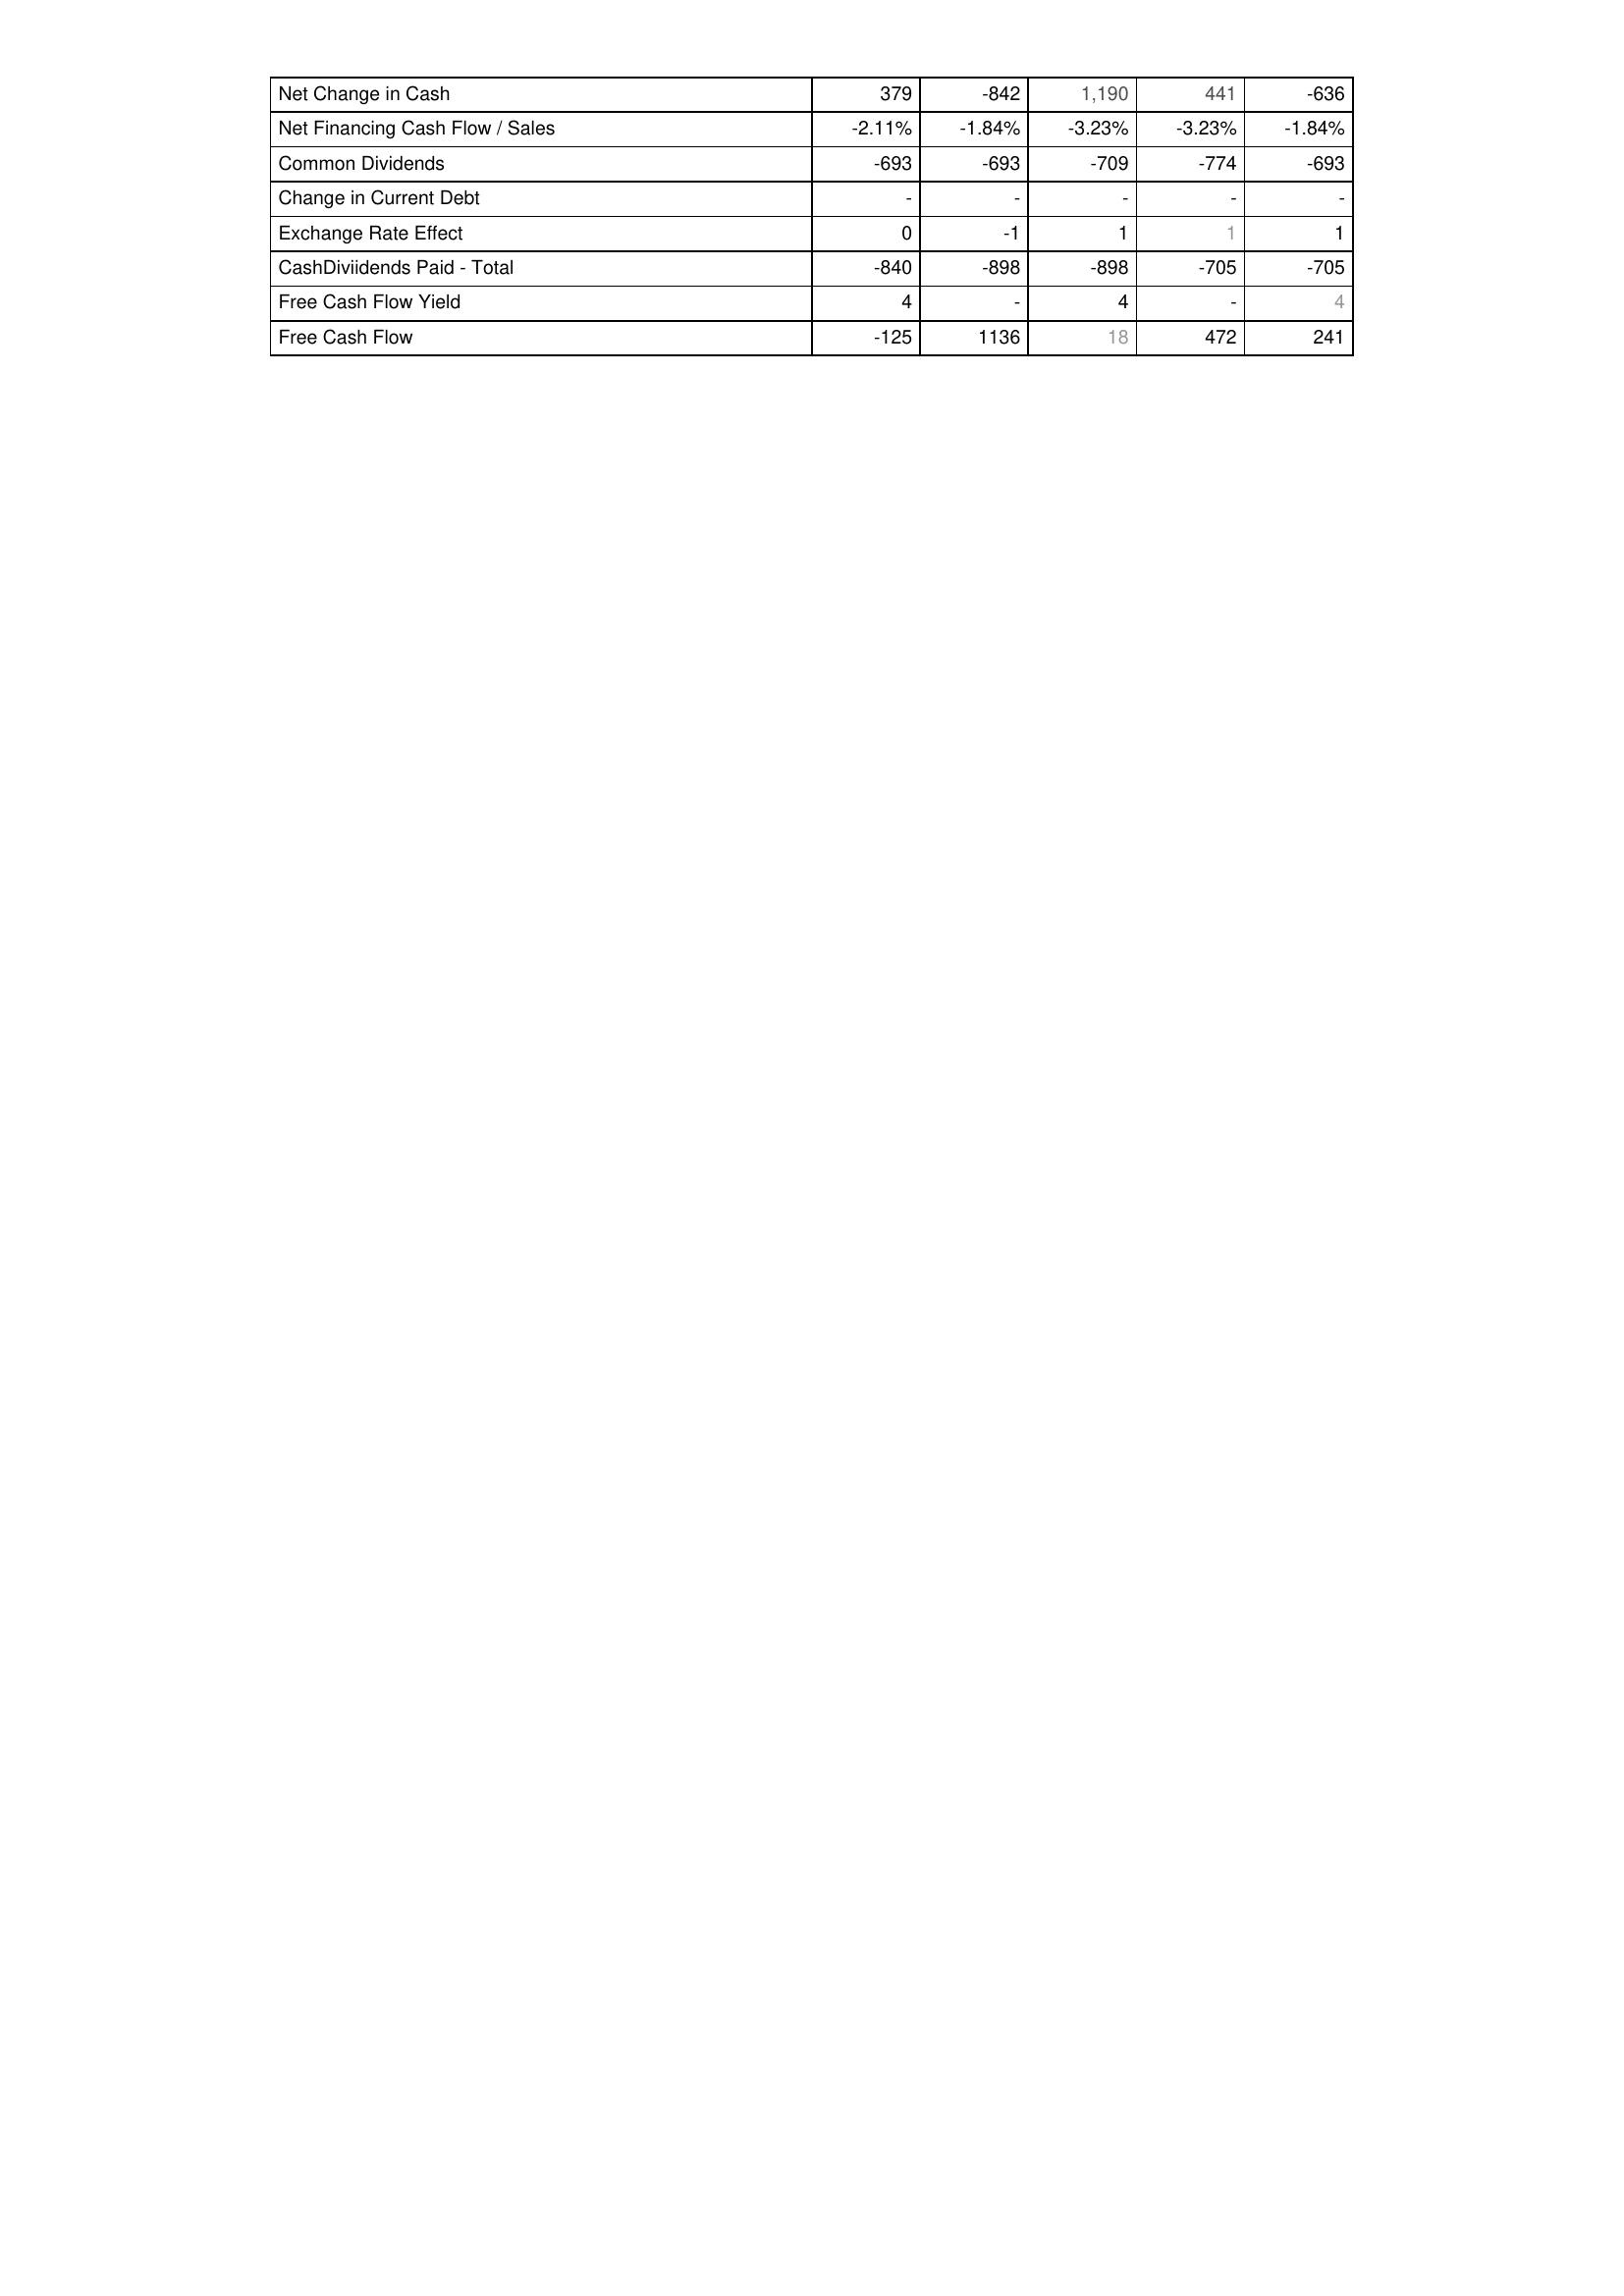
2020: Financing Activities: Net Change in Cash: 379
Net Financing Cash Flow / Sales: -2.11%
Common Dividends: -693
Change in Current Debt: -
Exchange Rate Effect: 0
CashDiviidends Paid - Total: -840
Free Cash Flow Yield: 4
Free Cash Flow: -125
2019: Financing Activities: Net Change in Cash: -842
Net Financing Cash Flow / Sales: -1.84%
Common Dividends: -693
Change in Current Debt: -
Exchange Rate Effect: -1
CashDiviidends Paid - Total: -898
Free Cash Flow Yield: -
Free Cash Flow: 1136
2018: Financing Activities: Net Change in Cash: 1,190
Net Financing Cash Flow / Sales: -3.23%
Common Dividends: -709
Change in Current Debt: -
Exchange Rate Effect: 1
CashDiviidends Paid - Total: -898
Free Cash Flow Yield: 4
Free Cash Flow: 18
2017: Financing Activities: Net Change in Cash: 441
Net Financing Cash Flow / Sales: -3.23%
Common Dividends: -774
Change in Current Debt: -
Exchange Rate Effect: 1
CashDiviidends Paid - Total: -705
Free Cash Flow Yield: -
Free Cash Flow: 472
2016: Financing Activities: Net Change in Cash: -636
Net Financing Cash Flow / Sales: -1.84%
Common Dividends: -693
Change in Current Debt: -
Exchange Rate Effect: 1
CashDiviidends Paid - Total: -705
Free Cash Flow Yield: 4
Free Cash Flow: 241